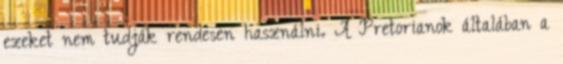
ezeket nem tudják rendesen használni. A Pretorianok általában a